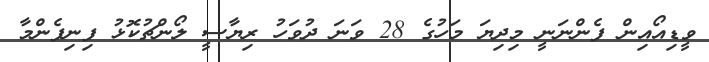
ވީޑިއޯއިން ފެންނަނީ މިދިޔަ މަހުގެ 28 ވަނަ ދުވަހު ރިޔާސީ ލޯންޗުކޮޅު ފިނިފެންމާ